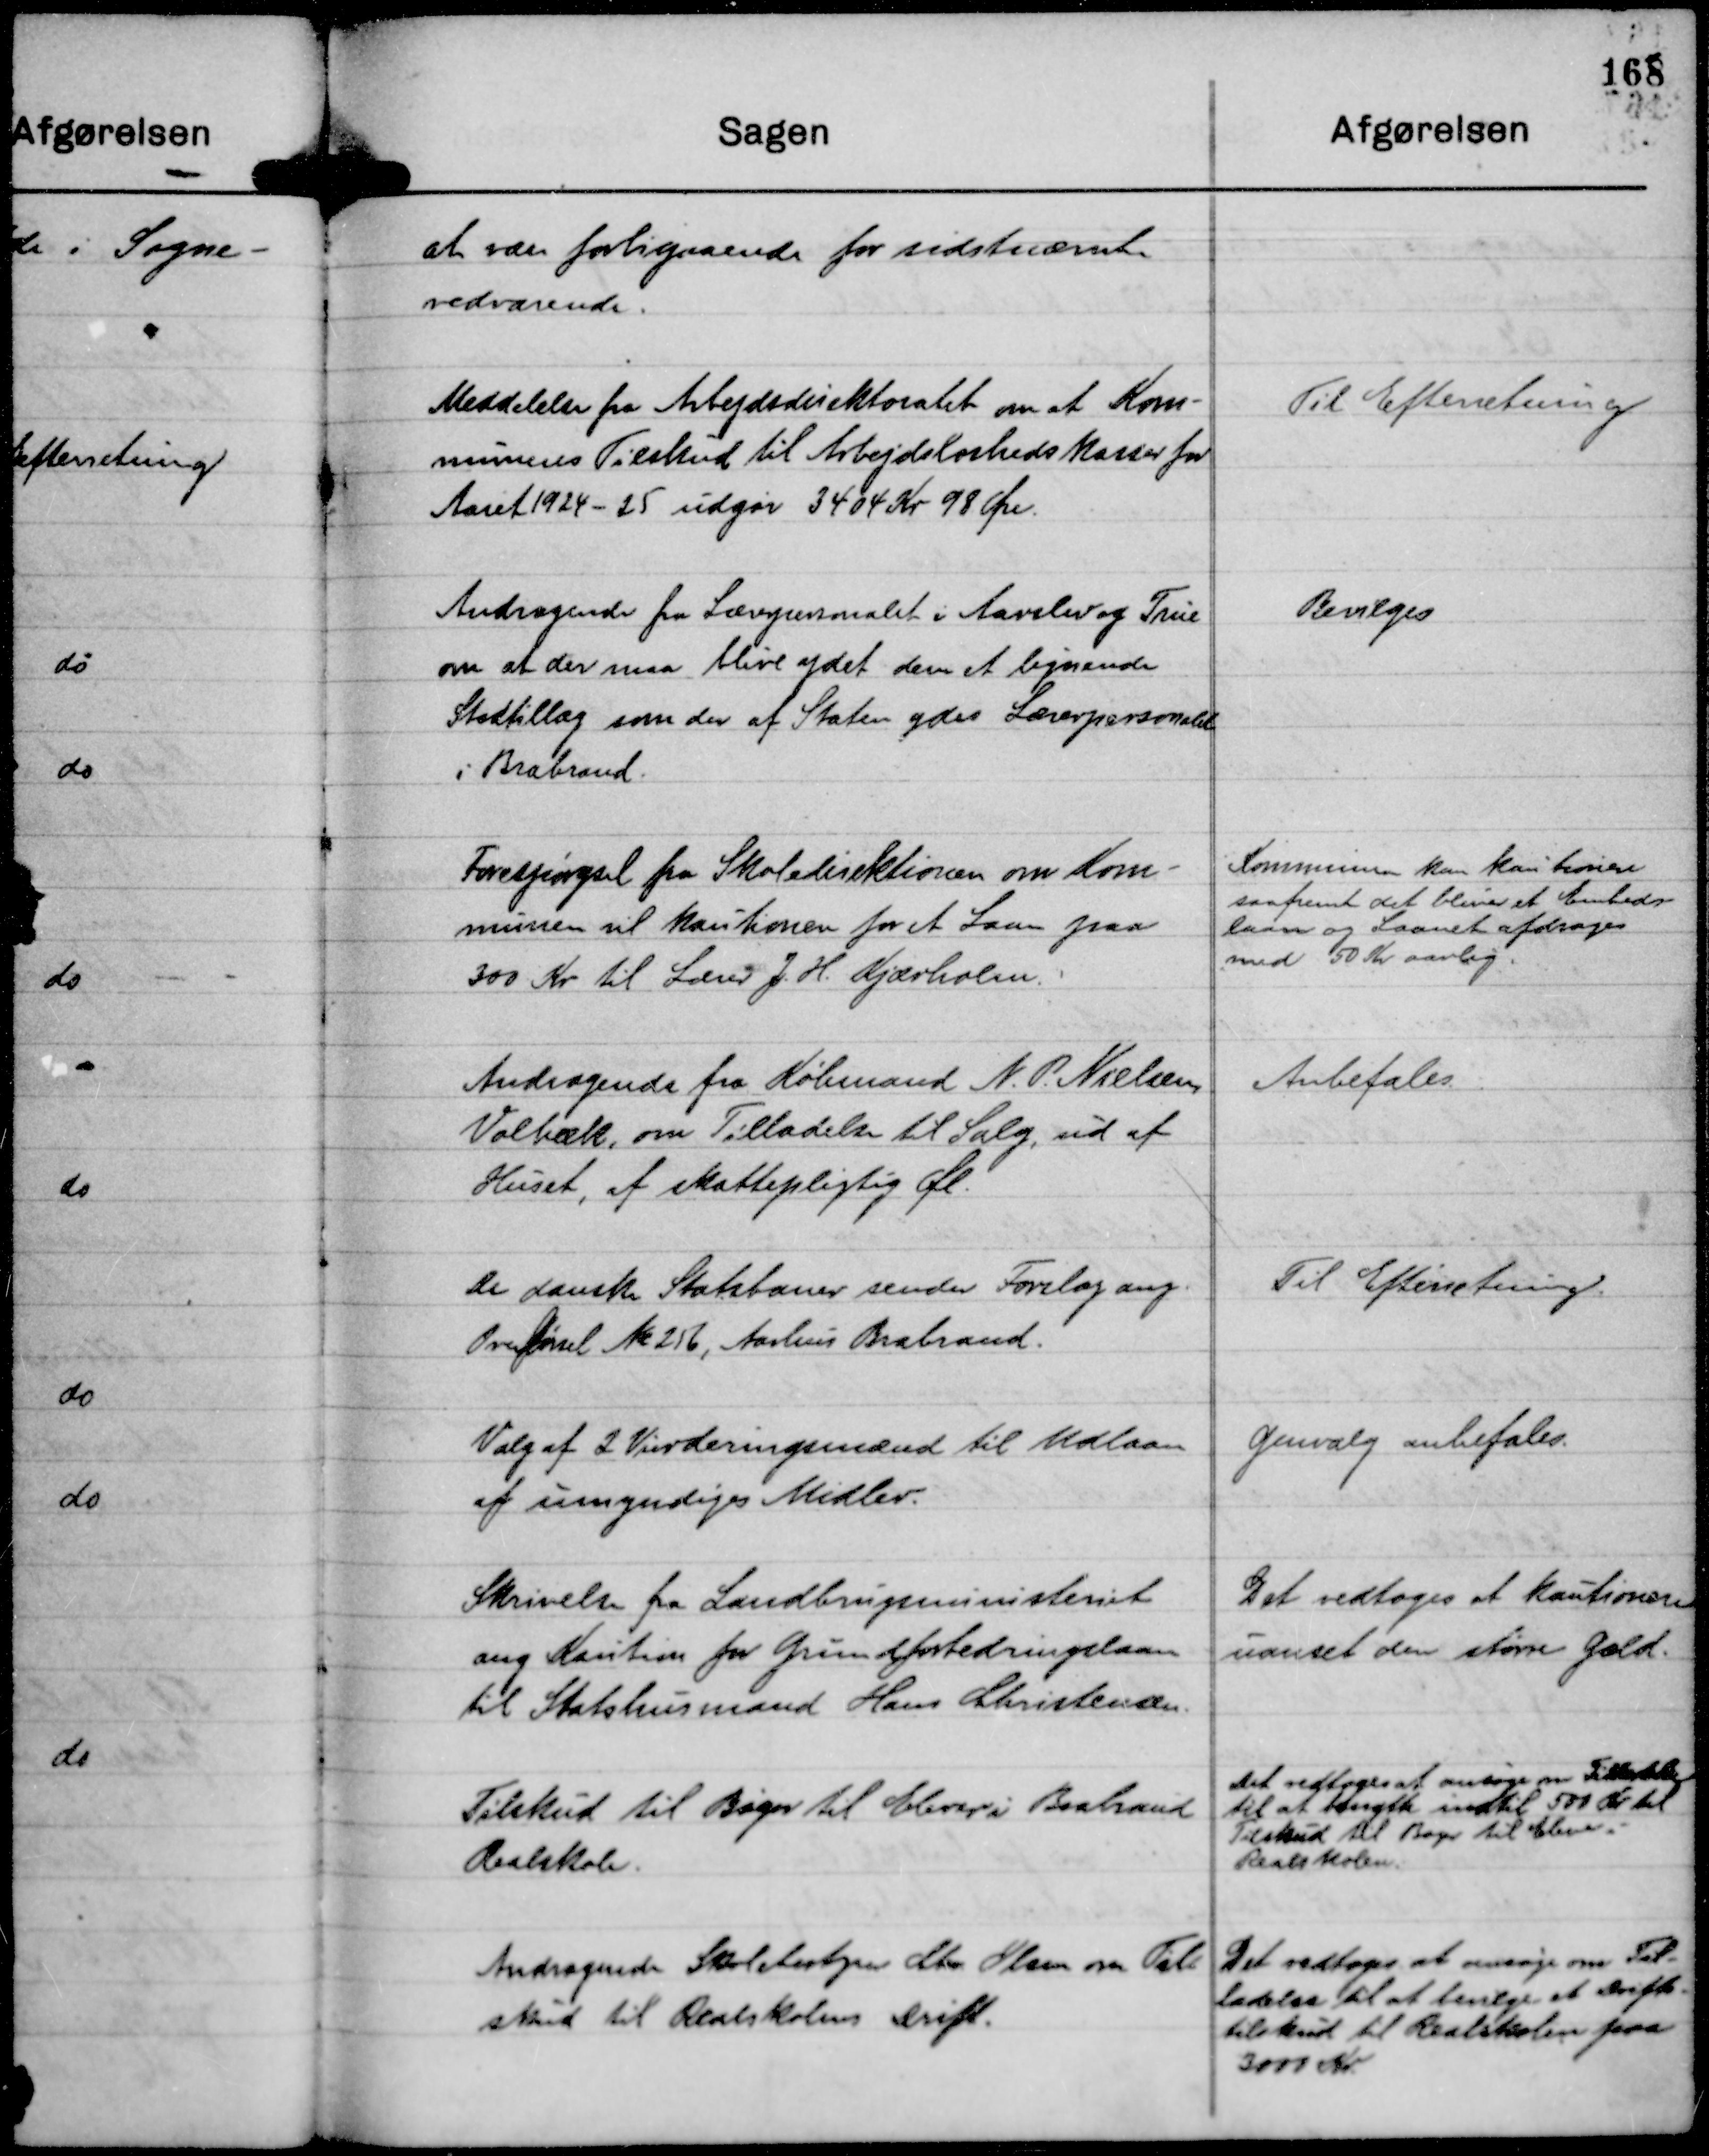
Transskription:
at være forbigaaende for sidstnævnte
vedvarende.

Meddelelse fra Arbejdsdirektoratet om at Kom-
munens Tilskud til Arbejdsløshedskasser for
Aaret 1924 - 25 udgør 3404 Kr 98 Øre.

Til Efterretning

Andragende fra Lærerpersonalet i Aarslev og True
om at der maa blive ydet dem et lignende
Stedtillæg som der af Staten ydes Lærerpersonalet
i Brabrand.

Bevilges

Forespørgsel fra Skoledirektionen om Kom-
munen vil kautionere for et Laan paa
300 Kr til Lærer J. H. Kjærholm.

Kommunen kan kautionere
saafremt det bliver et Embeds-
laan og Laanet afdrages
med 50 Kr aarlig.

Andragende fra Købmand N. P. Nielsen
Volbæk, om Tilladelse til Salg, ud af
Huset, af skattepligtig Øl.

Anbefales.

De danske Statsbaner sender Forslag ang.
Overførsel Nr 256, Aarhus Brabrand.

Til Efterretning.

Valg af 2 Vurderingsmænd til Udlaan
af umyndiges Midler.

Genvalg anbefales.

Skrivelse fra Landbrugsministeriet
ang Kaution for Grundforbedringslaan
til Statshusmand Hans Christensen.

Det vedtoges at kautionere
uanset den større Gæld.

Tilskud til Bøger til Elever i Brabrand
Realskole.

Det vedtoges at ansøge om Tilladelse
til at benytte indtil 500 Kr til
Tilskud til Bøger til Elever i
Realskolen.

Andragende Skolebestyrer Chr. Olsen om Til-
skud til Realskolens Drift.

Det vedtoges at ansøge om Til-
ladelse til at bevilge et Drifts-
tilskud til Realskolen paa
3000 Kr.